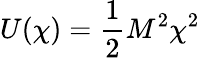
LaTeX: U(\chi)={\frac{1}{2}}M^{2}\chi^{2}